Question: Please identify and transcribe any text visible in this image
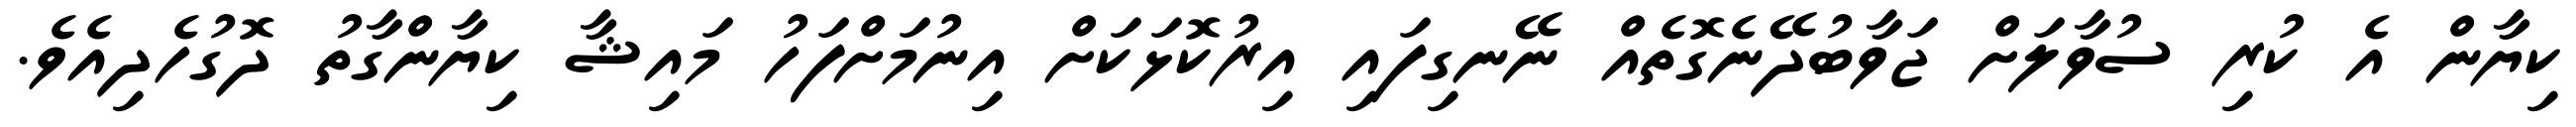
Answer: ކިޔާން އެ ކުރި ސުވާލަށް ޖަވާބުދޭނެގޮތެއް ނޭނގިފައި އިރުކޮޅަކަށް އިނުމަށްފަހު މައިޝާ ކިޔާންގާތު ދޮގުހެދިއެވެ.